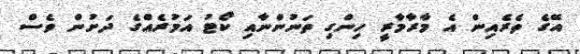
އޭގެ ތެރެއިން އެ މާރާމާރީ ހިންގި ތަނުންނާއި ކޯޓު އަމުރެއްގެ ދަށުން ވެސް